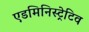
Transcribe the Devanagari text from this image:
एडमिनिस्ट्रेटिव